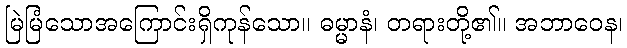
မြဲမြံသောအကြောင်းရှိကုန်သော။ ဓမ္မာနံ၊ တရားတို့၏။ အဘာဝေန၊